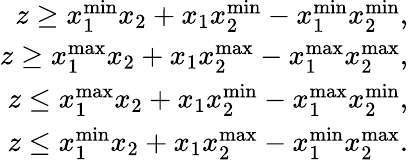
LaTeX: \begin{array}{r}{z\geq x_{1}^{\operatorname*{min}}x_{2}+x_{1}x_{2}^{\operatorname*{min}}-x_{1}^{\operatorname*{min}}x_{2}^{\operatorname*{min}},}\\ {z\geq x_{1}^{\operatorname*{max}}x_{2}+x_{1}x_{2}^{\operatorname*{max}}-x_{1}^{\operatorname*{max}}x_{2}^{\operatorname*{max}},}\\ {z\leq x_{1}^{\operatorname*{max}}x_{2}+x_{1}x_{2}^{\operatorname*{min}}-x_{1}^{\operatorname*{max}}x_{2}^{\operatorname*{min}},}\\ {z\leq x_{1}^{\operatorname*{min}}x_{2}+x_{1}x_{2}^{\operatorname*{max}}-x_{1}^{\operatorname*{min}}x_{2}^{\operatorname*{max}}.}\end{array}